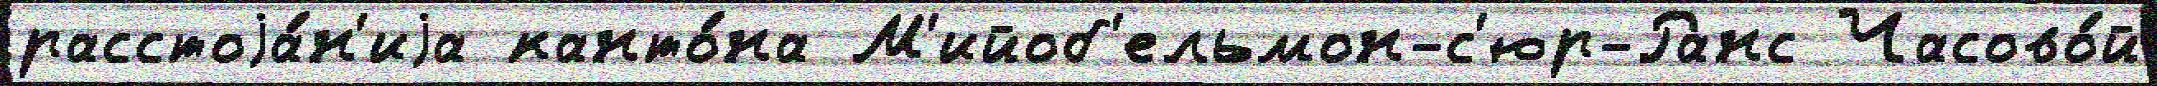
расстоjа́н'иjа канто́на М'ийоб'ельмон-с'юр-Ранс Часово́й